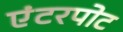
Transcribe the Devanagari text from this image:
एंटरपोट